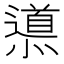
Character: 𨗳